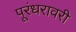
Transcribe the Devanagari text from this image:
पूरंधरावरी